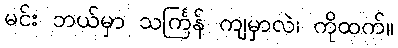
မင်း ဘယ်မှာ သင်္ကြန် ကျမှာလဲ၊ ကိုထက်။